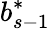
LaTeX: b_{s-1}^{*}